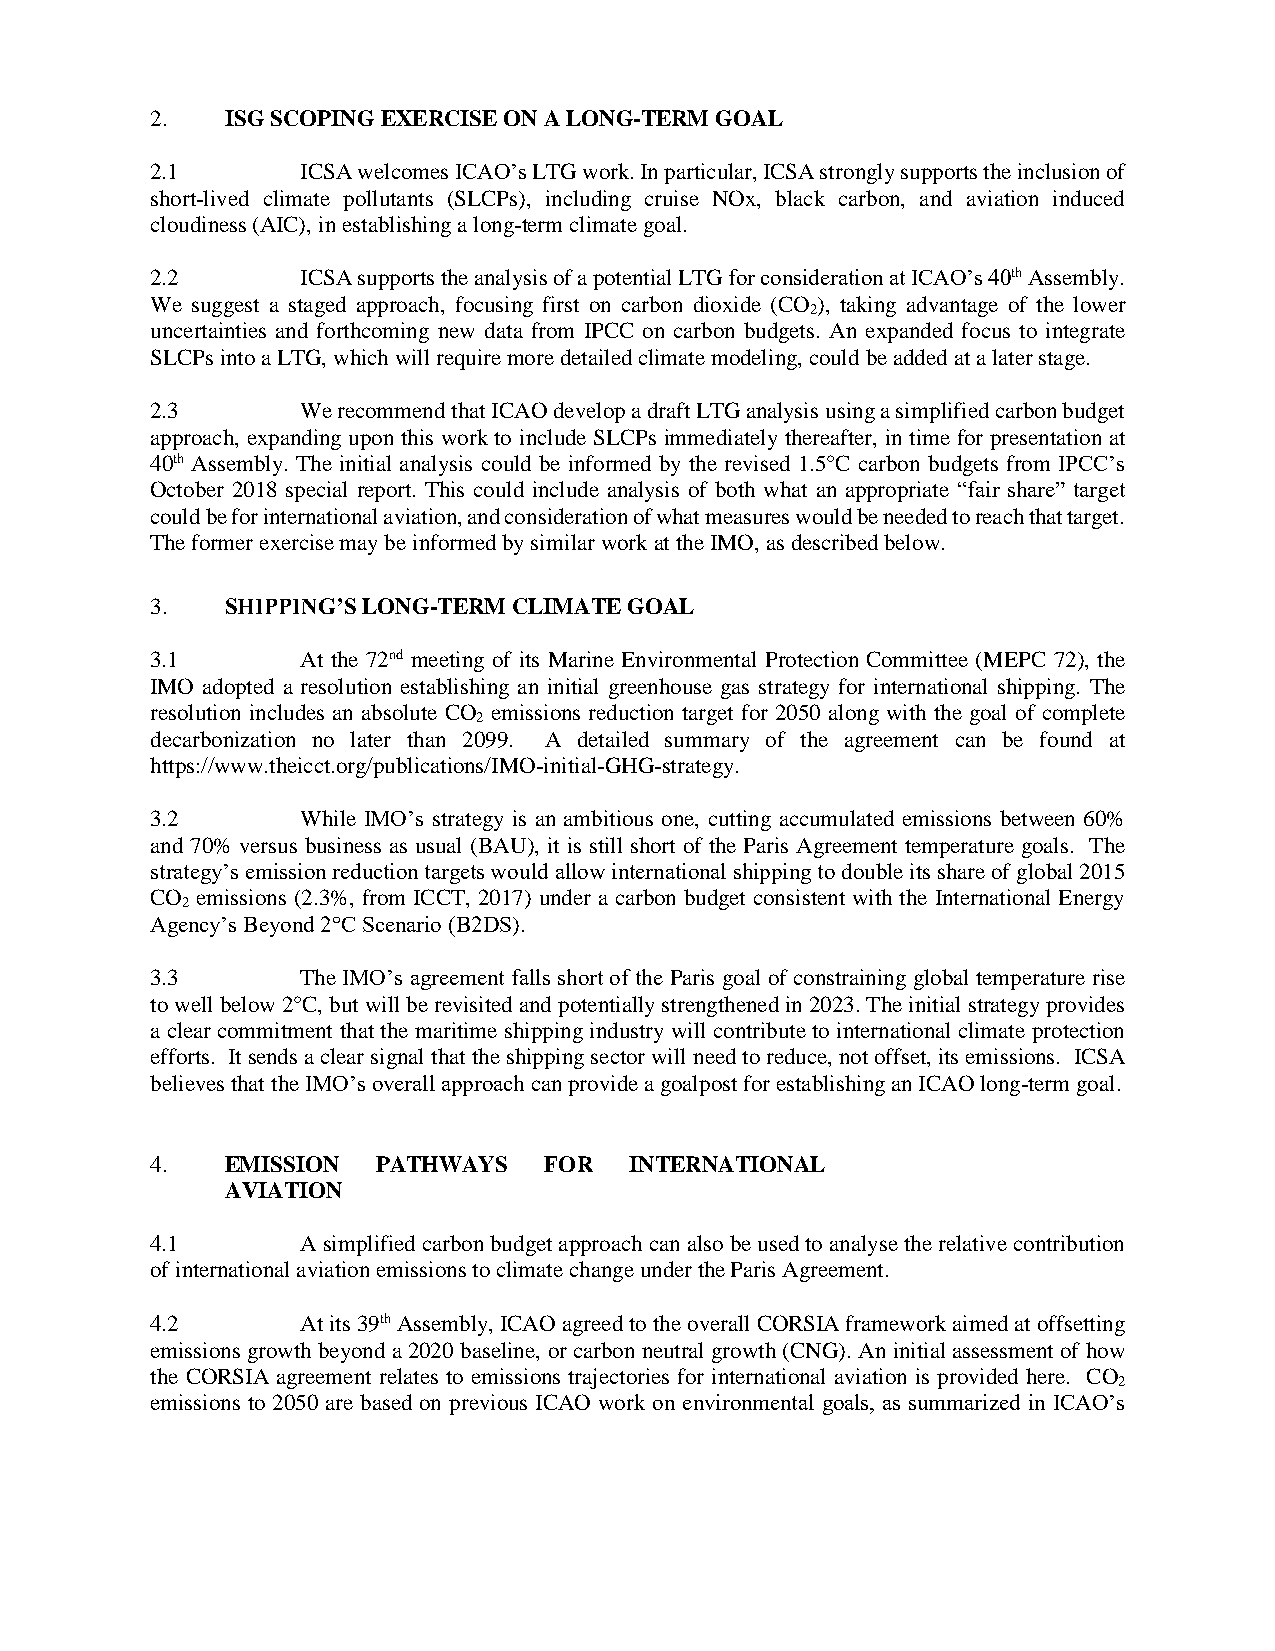
2.   ISG SCOPING EXERCISE ON A LONG-TERM GOAL
 2.1       ICSA welcomes ICAO’s LTG work. In particular, ICSA strongly supports the inclusion of
 short-lived climate pollutants (SLCPs), including cruise NOx, black carbon, and aviation induced
 cloudiness (AIC), in establishing a long-term climate goal.
 2.2       ICSA supports the analysis of a potential LTG for consideration at ICAO’s 40th Assembly.
 We suggest a staged approach, focusing first on carbon dioxide (CO ), taking advantage of the lower
 2
 uncertainties and forthcoming new data from IPCC on carbon budgets. An expanded focus to integrate
 SLCPs into a LTG, which will require more detailed climate modeling, could be added at a later stage.
 2.3       We recommend that ICAO develop a draft LTG analysis using a simplified carbon budget
 approach, expanding upon this work to include SLCPs immediately thereafter, in time for presentation at
 40th Assembly. The initial analysis could be informed by the revised 1.5°C carbon budgets from IPCC’s
 October 2018 special report. This could include analysis of both what an appropriate “fair share” target
 could be for international aviation, and consideration of what measures would be needed to reach that target.
 The former exercise may be informed by similar work at the IMO, as described below.
 3.   SHIPPING’S LONG-TERM CLIMATE GOAL
 3.1       At the 72nd meeting of its Marine Environmental Protection Committee (MEPC 72), the
 IMO adopted a resolution establishing an initial greenhouse gas strategy for international shipping. The
 resolution includes an absolute CO emissions reduction target for 2050 along with the goal of complete
 2
 decarbonization no later than 2099. A detailed summary of the agreement can be found at
 https://www.theicct.org/publications/IMO-initial-GHG-strategy.
 3.2       While IMO’s strategy is an ambitious one, cutting accumulated emissions between 60%
 and 70% versus business as usual (BAU), it is still short of the Paris Agreement temperature goals. The
 strategy’s emission reduction targets would allow international shipping to double its share of global 2015
 CO emissions (2.3%, from ICCT, 2017) under a carbon budget consistent with the International Energy
 2
 Agency’s Beyond 2°C Scenario (B2DS).
 3.3       The IMO’s agreement falls short of the Paris goal of constraining global temperature rise
 to well below 2°C, but will be revisited and potentially strengthened in 2023. The initial strategy provides
 a clear commitment that the maritime shipping industry will contribute to international climate protection
 efforts. It sends a clear signal that the shipping sector will need to reduce, not offset, its emissions. ICSA
 believes that the IMO’s overall approach can provide a goalpost for establishing an ICAO long-term goal.
 4.   EMISSION  PATHWAYS   FOR   INTERNATIONAL
 AVIATION
 4.1       A simplified carbon budget approach can also be used to analyse the relative contribution
 of international aviation emissions to climate change under the Paris Agreement.
 4.2       At its 39th Assembly, ICAO agreed to the overall CORSIA framework aimed at offsetting
 emissions growth beyond a 2020 baseline, or carbon neutral growth (CNG). An initial assessment of how
 the CORSIA agreement relates to emissions trajectories for international aviation is provided here. CO
 2
 emissions to 2050 are based on previous ICAO work on environmental goals, as summarized in ICAO’s